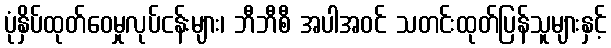
ပုံနှိပ်ထုတ်ဝေမှုလုပ်ငန်းများ၊ ဘီဘီစီ အပါအဝင် သတင်းထုတ်ပြန်သူများနှင့်